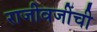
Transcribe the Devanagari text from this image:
राजीवजींची